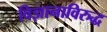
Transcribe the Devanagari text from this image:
विज्ञानाविरुद्ध